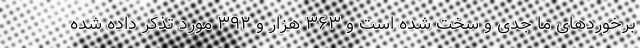
برخوردهای ما جدی و سخت شده است و ۳۶۳ هزار و ۳۹۲ مورد تذکر داده شده